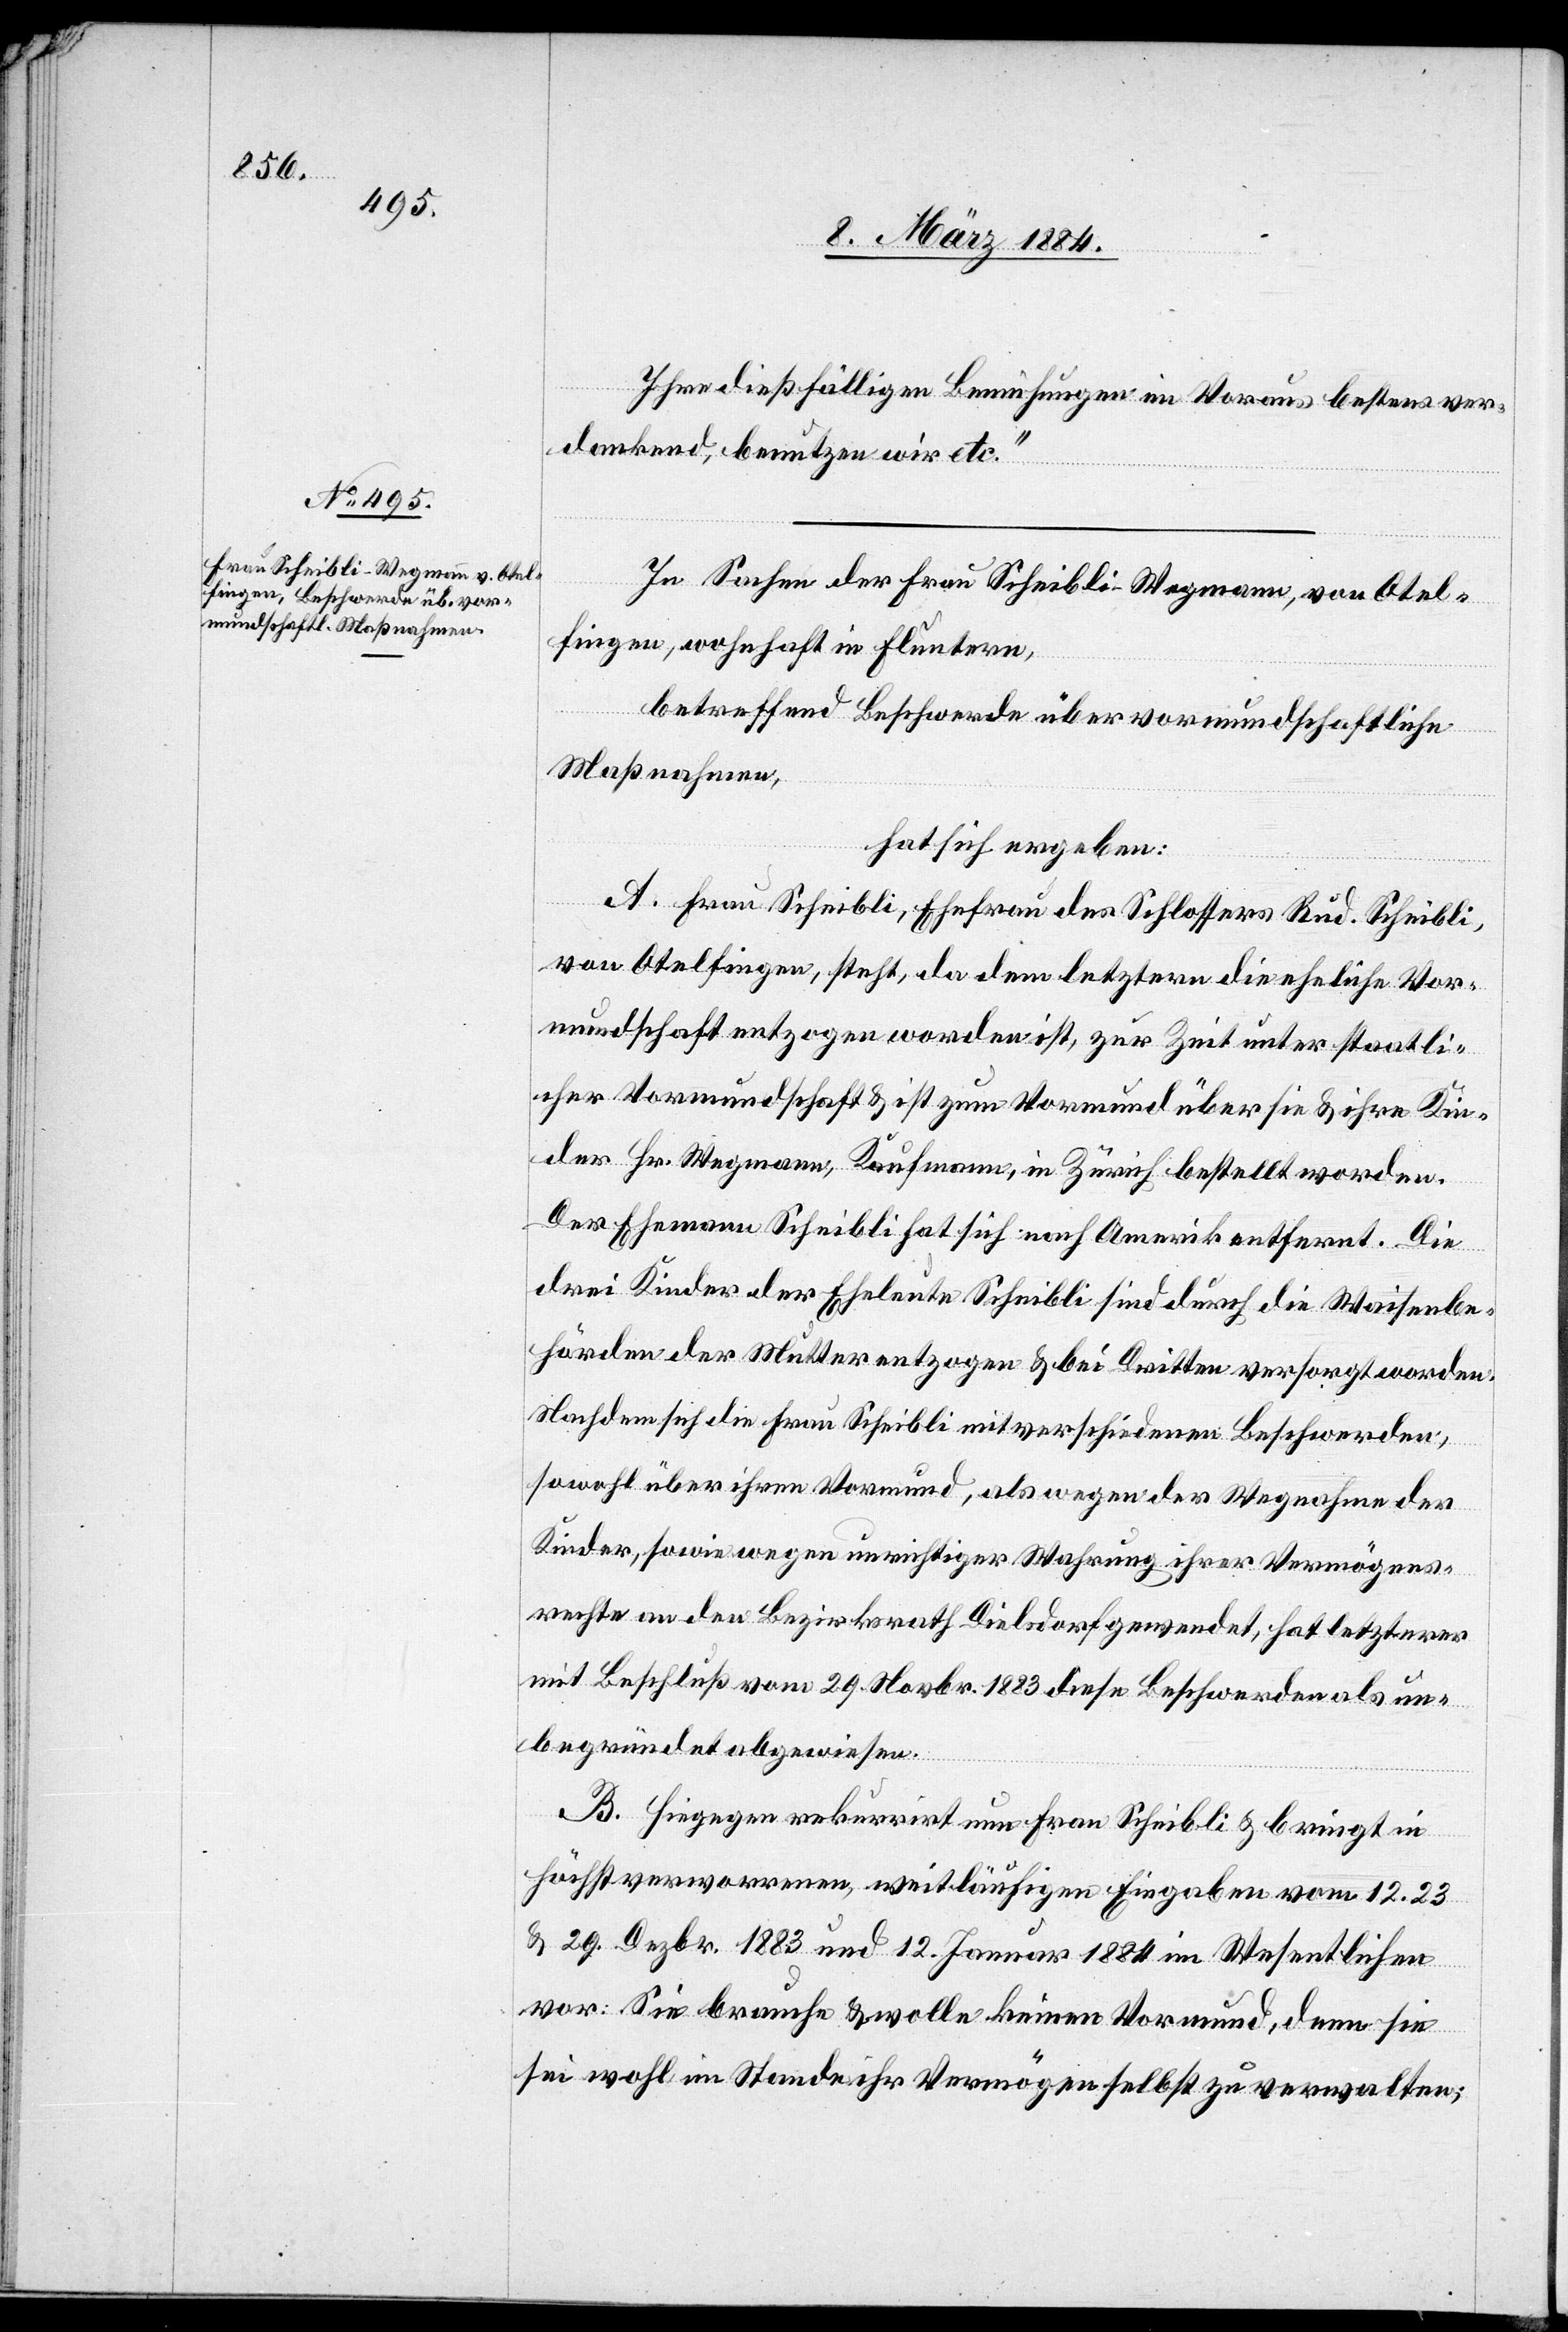
Ihre dießfälligen Bemühungen im Voraus bestens ver¬
dankend, benutzen wir etc.“
In Sachen der Frau Scheibli-Wegmann, von Otel¬
fingen, wohnhaft in Fluntern,
betreffend Beschwerde über vormundschaftliche
Maßnahmen,
hat sich ergeben:
A. Frau Schibli, Ehefrau des Schlossers Rud. Scheibli,
von Otelfingen, steht, da dem letztern die eheliche Vor¬
mundschaft entzogen worden ist, zur Zeit unter staatli¬
cher Vormundschaft & ist zum Vormund über sie & ihre Kinder
der Hr. Wegmann, Kaufmann, in Zürich, bestellt worden.
Der Ehemann Scheibli hat sich nach Amerika entfernt. Die
drei Kinder der Eheleute Scheibli sind durch die Waisenbe¬
hörden der Mutter entzogen & bei Dritten versorgt worden.
Nachdem sich die Frau Scheibli mit verschiedenen Beschwerden,
sowohl über ihren Vormund, als wegen der Wegnahme der
Kinder, sowie wegen unrichtiger Wahrung ihrer Vermögens¬
rechte an den Bezirksrath Dielsdorf gewendet, hat letzterer
mit Beschluß vom 29. Novbr. 1883 diese Beschwerde als un¬
begründet abgewiesen.
B. Hiegegen rekurrirt nun Frau Scheibli & bringt in
höchst verworrenen, weitläufigen Eingaben vom 12., 23.
& 29. Dezbr. 1883 und 12. Januar 1884 im Wesentlichen
vor: Sie brauche & wolle keinen Vormund, denn sie
sei wohl im Stande ihr Vermögen selbst zu verwalten;